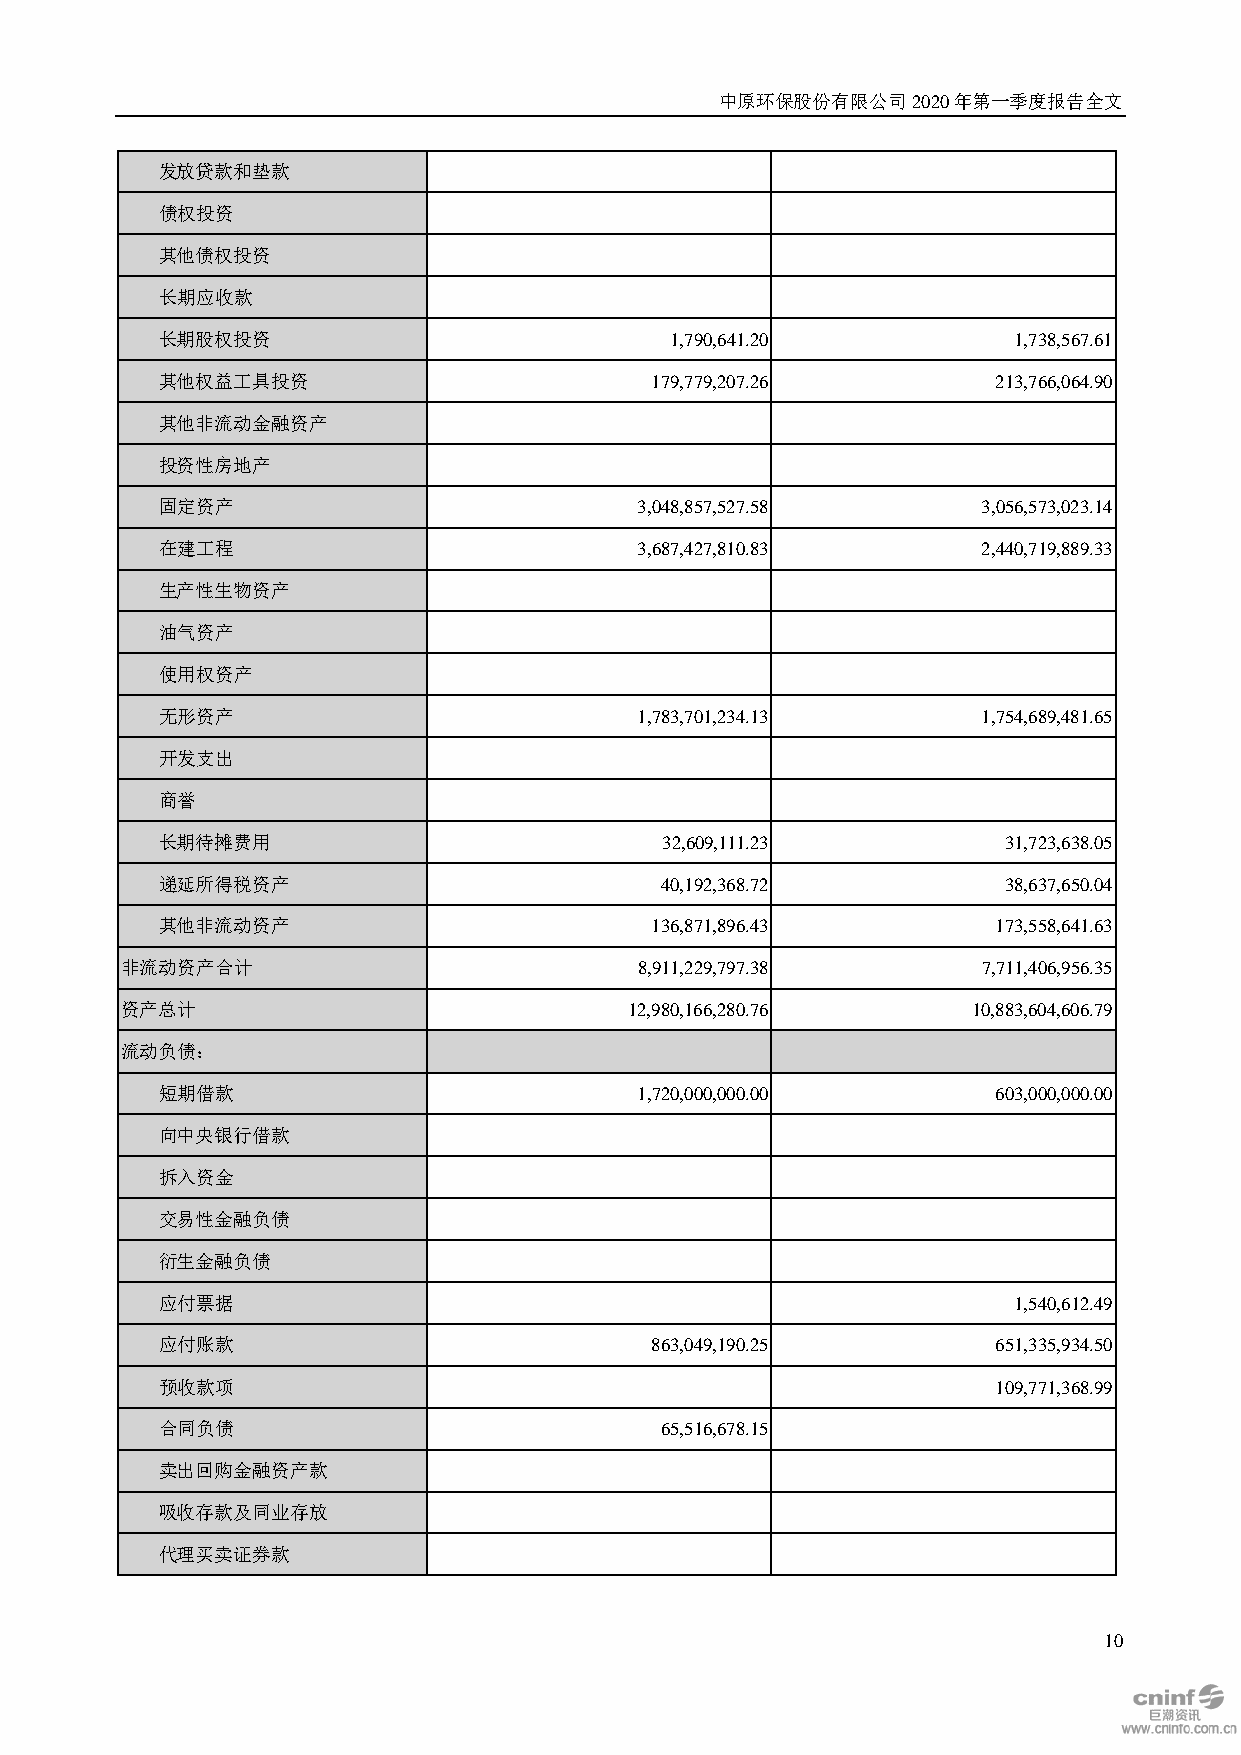
中原环保股份有限公司2020年第一季度报告全文
 发放贷款和垫款
 债权投资
 其他债权投资
 长期应收款
 长期股权投资                            1,790,641.20           1,738,567.61
 其他权益工具投资                         179,779,207.26         213,766,064.90
 其他非流动金融资产
 投资性房地产
 固定资产                            3,048,857,527.58       3,056,573,023.14
 在建工程                            3,687,427,810.83       2,440,719,889.33
 生产性生物资产
 油气资产
 使用权资产
 无形资产                            1,783,701,234.13       1,754,689,481.65
 开发支出
 商誉
 长期待摊费用                            32,609,111.23         31,723,638.05
 递延所得税资产                           40,192,368.72         38,637,650.04
 其他非流动资产                          136,871,896.43         173,558,641.63
 非流动资产合计                           8,911,229,797.38       7,711,406,956.35
 资产总计                              12,980,166,280.76     10,883,604,606.79
 流动负债：
 短期借款                            1,720,000,000.00        603,000,000.00
 向中央银行借款
 拆入资金
 交易性金融负债
 衍生金融负债
 应付票据                                                     1,540,612.49
 应付账款                             863,049,190.25         651,335,934.50
 预收款项                                                    109,771,368.99
 合同负债                              65,516,678.15
 卖出回购金融资产款
 吸收存款及同业存放
 代理买卖证券款
 10